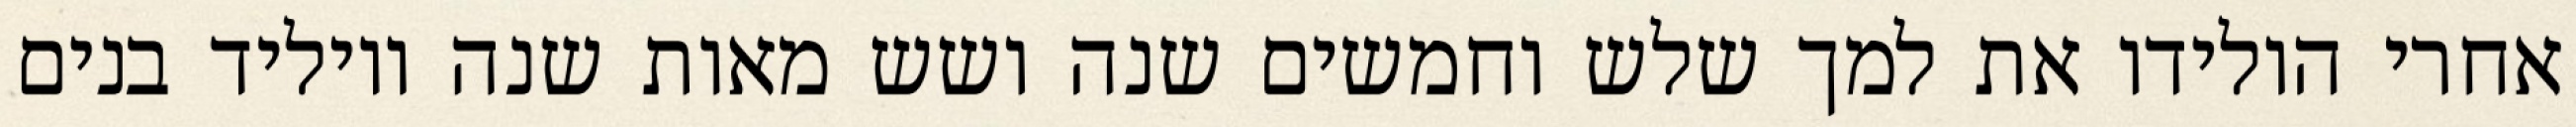
אחרי הולידו את למך שלש וחמשים שנה ושש מאות שנה ויוליד בנים